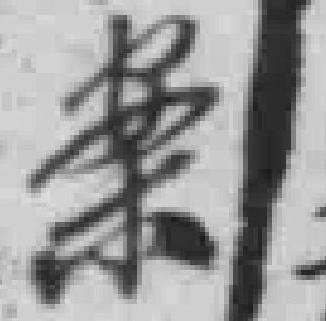
案